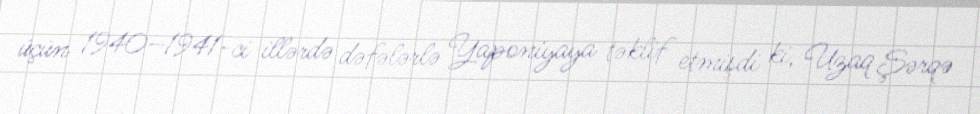
üçün 1940–1941-ci illərdə dəfələrlə Yaponiyaya təklif etmişdi ki, Uzaq Şərqə